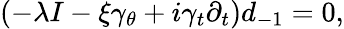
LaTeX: (-\lambda I-\xi\gamma_{\theta}+i\gamma_{t}\partial_{t})d_{-1}=0,